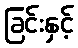
ခြင်းနှင့်